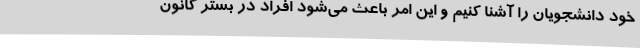
خود دانشجویان را آشنا کنیم و این امر باعث می‌شود افراد در بستر کانون